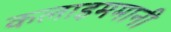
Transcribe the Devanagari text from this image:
कलाइममानी